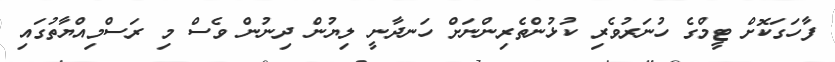
ފާހަގަކޮށް ޓީމްގެ ހުނަރުވެރި ކުޅުންތެރިންނަށް ހަނދާނީ ލިޔުން ދިނުން ވެސް މި ރަސްމިއްޔާތުގައި